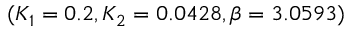
( K _ { 1 } = 0 . 2 , K _ { 2 } = 0 . 0 4 2 8 , \beta = 3 . 0 5 9 3 )